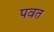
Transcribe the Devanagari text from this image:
पवत